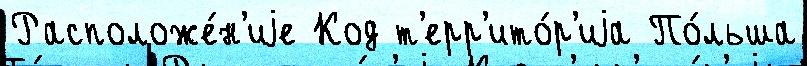
Расположе́н'иjе Код т'ерр'ито́р'иjа По́льша